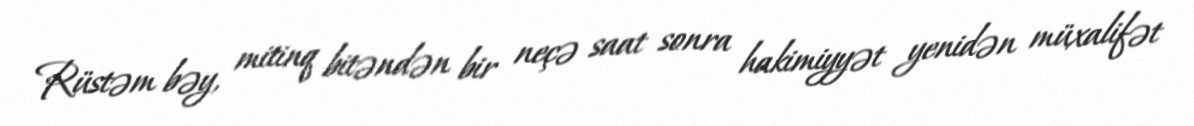
Rüstəm bəy, mitinq bitəndən bir neçə saat sonra hakimiyyət yenidən müxalifət